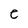
Character: e